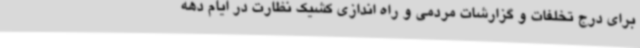
برای درج تخلفات و گزارشات مردمی و راه اندازی کشیک نظارت در ایام دهه